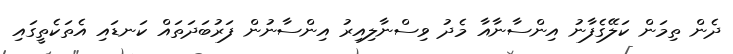
ދެން ތިމަން ކަލޭގެފާނު އިންސާނާއާ މެދު ވިސްނާލިއިރު އިންސާނުން ފަރުބަދަތައް ކަނޑައި އެތަކެތީގައި